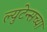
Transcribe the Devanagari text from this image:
ल्युटेन्सच्‍या